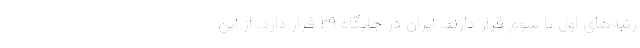
رتبه‌های اول تا سوم قرار دارند. ایران در جایگاه ۲۹ قرار دارد. از این